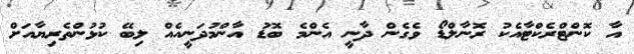
އާ ކޮންޓްރެކްޓާއެކު ރޮނާލްޑޯ ވެގެން ދާނީ އެންމެ ބޮޑު އާންމުދަނީއެއް ލިބޭ ކުޅުންތެރިޔާއަށް